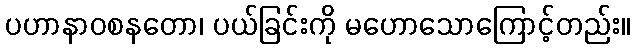
ပဟာနာဝစနတော၊ ပယ်ခြင်းကို မဟောသောကြောင့်တည်း။